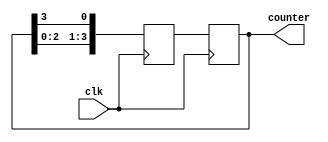
module RingCounter(
  input wire clk,
  output reg [3:0] counter
);

reg [3:0] next_state;

always@(posedge clk) begin
  next_state <= {counter[2:0], counter[3]};
end

always@(posedge clk) begin
  counter <= next_state;
end

endmodule